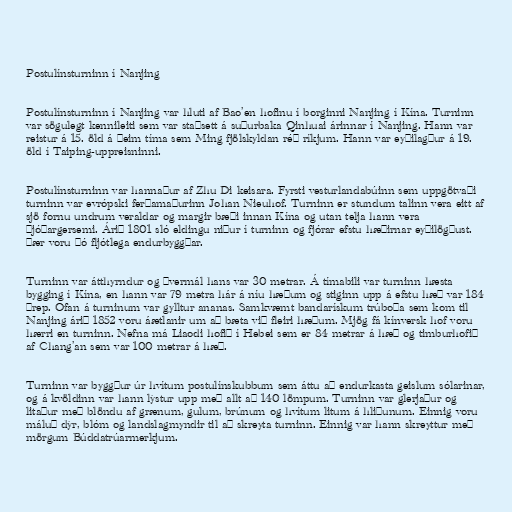
Postulínsturninn í Nanjing

Postulínsturninn í Nanjing var hluti af Bao’en hofinu í borginni Nanjing í Kína. Turninn
var sögulegt kennileiti sem var staðsett á suðurbaka Qinhuai árinnar í Nanjing. Hann var
reistur á 15. öld á þeim tíma sem Ming fjölskyldan réð ríkjum. Hann var eyðilagður á 19.
öld í Taiping-uppreisninni.

Postulínsturninn var hannaður af Zhu Di keisara. Fyrsti vesturlandabúinn sem uppgötvaði
turninn var evrópski ferðamaðurinn Johan Nieuhof. Turninn er stundum talinn vera eitt af
sjö fornu undrum veraldar og margir bæði innan Kína og utan telja hann vera
þjóðargersemi. Árið 1801 sló eldingu niður í turninn og fjórar efstu hæðirnar eyðilögðust.
Þær voru þó fljótlega endurbyggðar.

Turninn var átthyrndur og þvermál hans var 30 metrar. Á tímabili var turninn hæsta
bygging í Kína, en hann var 79 metra hár á níu hæðum og stiginn upp á efstu hæð var 184
þrep. Ofan á turninum var gylltur ananas. Samkvæmt bandarískum trúboða sem kom til
Nanjing árið 1852 voru áætlanir um að bæta við fleiri hæðum. Mjög fá kínversk hof voru
hærri en turninn. Nefna má Liaodi hofið í Hebei sem er 84 metrar á hæð og timburhofið
af Chang’an sem var 100 metrar á hæð.

Turninn var byggður úr hvítum postulínskubbum sem áttu að endurkasta geislum sólarinar,
og á kvöldinn var hann lýstur upp með allt að 140 lömpum. Turninn var glerjaður og
litaður með blöndu af grænum, gulum, brúnum og hvítum litum á hliðunum. Einnig voru
máluð dýr, blóm og landslagmyndir til að skreyta turninn. Einnig var hann skreyttur með
mörgum Búddatrúarmerkjum.